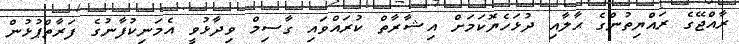
ރާއްޖޭގެ ރައްޔިތުންގެ ޙާލާއި ދުޅަހެޔޮކަމަށް އިޝާރާތް ކުރައްވައި ގާސިމް ވިދާޅުވީ އެމަނިކުފާނުގެ ފަރާތްޕުޅުން